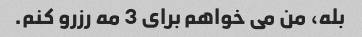
بله، من می خواهم برای 3 مه رزرو کنم.